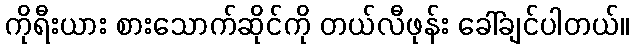
ကိုရီးယား စားသောက်ဆိုင်ကို တယ်လီဖုန်း ခေါ်ချင်ပါတယ်။